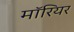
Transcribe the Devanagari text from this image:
मॉरियर